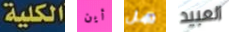
الكلية أين هل العبيد